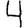
Digit: 4